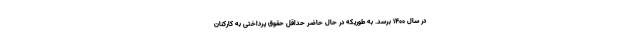
در سال ۱۴۰۰ برسد. به طوریکه در حال حاضر حداقل حقوق پرداختی به کارکنان